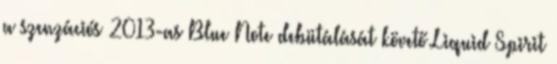
a szenzációs 2013-as Blue Note debütálását követő Liquid Spirit